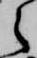
之